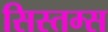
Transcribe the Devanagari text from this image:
सिस्तम्स